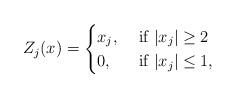
LaTeX: \begin{align*}Z_j(x)=\begin{cases}x_j, &\textrm{ if } |x_j|\ge 2\\0, &\textrm{ if } |x_j|\le 1,\end{cases}\end{align*}